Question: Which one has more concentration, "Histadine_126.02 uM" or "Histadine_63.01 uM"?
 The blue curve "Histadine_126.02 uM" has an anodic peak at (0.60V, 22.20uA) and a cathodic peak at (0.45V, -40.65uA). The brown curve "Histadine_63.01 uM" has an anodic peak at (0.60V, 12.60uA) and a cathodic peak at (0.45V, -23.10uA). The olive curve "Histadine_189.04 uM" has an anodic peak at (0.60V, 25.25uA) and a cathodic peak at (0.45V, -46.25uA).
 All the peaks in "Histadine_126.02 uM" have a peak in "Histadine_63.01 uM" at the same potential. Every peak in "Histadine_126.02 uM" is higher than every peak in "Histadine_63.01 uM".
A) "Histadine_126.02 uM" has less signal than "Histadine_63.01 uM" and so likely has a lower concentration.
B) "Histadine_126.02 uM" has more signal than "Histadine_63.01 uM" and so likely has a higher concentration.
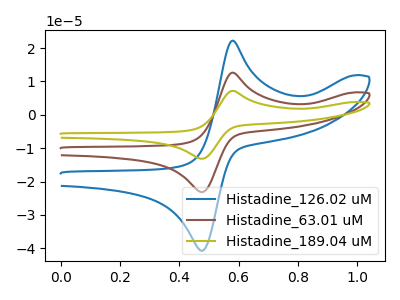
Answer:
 <answer>B) "Histadine_126.02 uM" has more signal than "Histadine_63.01 uM" and so likely has a higher concentration.</answer>
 <eval>B</eval>